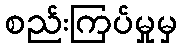
စည်းကြပ်မှုမှ